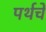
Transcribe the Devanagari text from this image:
पर्थचे